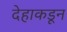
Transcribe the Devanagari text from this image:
देहाकडून